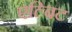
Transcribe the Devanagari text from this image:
एल्बिट